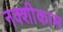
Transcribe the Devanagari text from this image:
नक्शीकाम